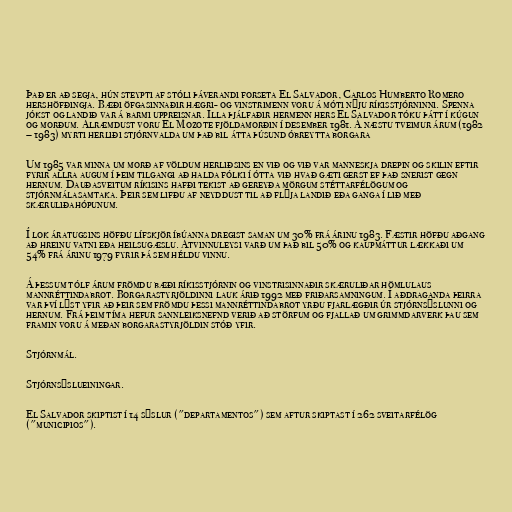
Það er að segja, hún steypti af stóli þáverandi forseta El Salvador, Carlos Humberto Romero
hershöfðingja. Bæði öfgasinnaðir hægri- og vinstrimenn voru á móti nýju ríkisstjórninni. Spenna
jókst og landið var á barmi uppreisnar. Illa þjálfaðir hermenn hers El Salvador tóku þátt í kúgun
og morðum. Alræmdust voru El Mozote fjöldamorðin í desember 1981. Á næstu tveimur árum (1982
– 1983) myrti herliði stjórnvalda um það bil átta þúsund óbreytta borgara

Um 1985 var minna um morð af völdum herliðsins en við og við var manneskja drepin og skilin eftir
fyrir allra augum í þeim tilgangi að halda fólki í ótta við hvað gæti gerst ef það snerist gegn
hernum. Dauðasveitum ríkisins hafði tekist að gereyða mörgum stéttarfélögum og
stjórnmálasamtaka. Þeir sem lifðu af neyddust til að flýja landið eða ganga í lið með
skæruliðahópunum.

Í lok áratugsins höfðu lífskjör íbúanna dregist saman um 30% frá árinu 1983. Fæstir höfðu aðgang
að hreinu vatni eða heilsugæslu. Atvinnuleysi varð um það bil 50% og kaupmáttur lækkaði um
54% frá árinu 1979 fyrir þá sem héldu vinnu.

Á þessum tólf árum frömdu bæði ríkisstjórnin og vinstrisinnaðir skæruliðar hömlulaus
mannréttindabrot. Borgarastyrjöldinni lauk árið 1992 með friðarsamningum. Í aðdraganda þeirra
var því lýst yfir að þeir sem frömdu þessi mannréttindabrot yrðu fjarlægðir úr stjórnsýslunni og
hernum. Frá þeim tíma hefur sannleiksnefnd verið að störfum og fjallað um grimmdarverk þau sem
framin voru á meðan borgarastyrjöldin stóð yfir.

Stjórnmál.

Stjórnsýslueiningar.

El Salvador skiptist í 14 sýslur ("departamentos") sem aftur skiptast í 262 sveitarfélög
("municipios").